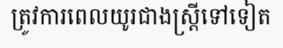
ត្រូវការពេលយូរជាងស្ត្រីទៅទៀត